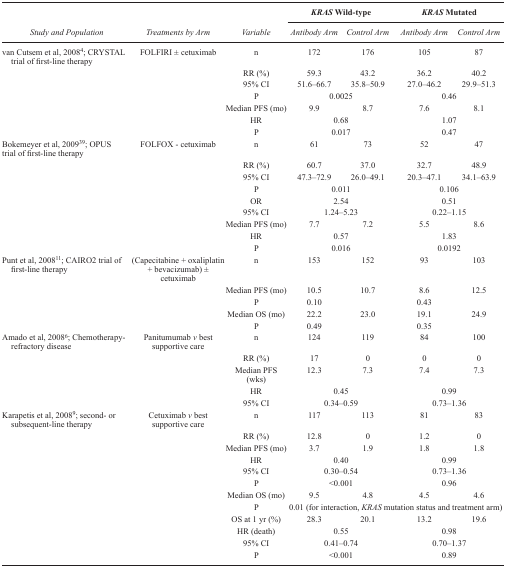
<table><thead><tr><td rowspan="2"></td><td rowspan="2"></td><td rowspan="2"></td><td colspan="2"><b><i>KRAS</i> Wild-type</b></td><td colspan="2"><b><i>KRAS</i> Mutated</b></td></tr><tr><td><b><i>Study and Population</i></b></td><td><b><i>Treatments by Arm</i></b></td><td><b><i>Variable</i></b></td><td><b><i>Antibody Arm</i></b></td><td><b><i>Control Arm</i></b></td><td><b><i>Antibody Arm</i></b></td><td><b><i>Control Arm</i></b></td></tr></thead><tbody><tr><td>van Cutsem et al, 20084; CRYSTAL trial of first-line therapy</td><td>FOLFIRI ± cetuximab</td><td>n</td><td>172</td><td>176</td><td>105</td><td>87</td></tr><tr><td></td><td></td><td>RR (%)</td><td>59.3</td><td>43.2</td><td>36.2</td><td>40.2</td></tr><tr><td></td><td></td><td>95% CI</td><td>51.6–66.7</td><td>35.8–50.9</td><td>27.0–46.2</td><td>29.9–51.3</td></tr><tr><td></td><td></td><td>P</td><td colspan="2">0.0025</td><td colspan="2">0.46</td></tr><tr><td></td><td></td><td>Median PFS (mo)</td><td>9.9</td><td>8.7</td><td>7.6</td><td>8.1</td></tr><tr><td></td><td></td><td>HR</td><td colspan="2">0.68</td><td colspan="2">1.07</td></tr><tr><td></td><td></td><td>P</td><td colspan="2">0.017</td><td colspan="2">0.47</td></tr><tr><td>Bokemeyer et al, 200939; OPUS trial of first-line therapy</td><td>FOLFOX - cetuximab</td><td>n</td><td>61</td><td>73</td><td>52</td><td>47</td></tr><tr><td></td><td></td><td>RR (%)</td><td>60.7</td><td>37.0</td><td>32.7</td><td>48.9</td></tr><tr><td></td><td></td><td>95% CI</td><td>47.3–72.9</td><td>26.0–49.1</td><td>20.3–47.1</td><td>34.1–63.9</td></tr><tr><td></td><td></td><td>P</td><td colspan="2">0.011</td><td colspan="2">0.106</td></tr><tr><td></td><td></td><td>OR</td><td colspan="2">2.54</td><td colspan="2">0.51</td></tr><tr><td></td><td></td><td>95% CI</td><td colspan="2">1.24–5.23</td><td colspan="2">0.22–1.15</td></tr><tr><td></td><td></td><td>Median PFS (mo)</td><td>7.7</td><td>7.2</td><td>5.5</td><td>8.6</td></tr><tr><td></td><td></td><td>HR</td><td colspan="2">0.57</td><td colspan="2">1.83</td></tr><tr><td></td><td></td><td>P</td><td colspan="2">0.016</td><td colspan="2">0.0192</td></tr><tr><td>Punt et al, 200811; CAIRO2 trial of first-line therapy</td><td>(Capecitabine + oxaliplatin + bevacizumab) ± cetuximab</td><td>n</td><td>153</td><td>152</td><td>93</td><td>103</td></tr><tr><td></td><td></td><td>Median PFS (mo)</td><td>10.5</td><td>10.7</td><td>8.6</td><td>12.5</td></tr><tr><td></td><td></td><td>P</td><td>0.10</td><td></td><td>0.43</td><td></td></tr><tr><td></td><td></td><td>Median OS (mo)</td><td>22.2</td><td>23.0</td><td>19.1</td><td>24.9</td></tr><tr><td></td><td></td><td>P</td><td>0.49</td><td></td><td>0.35</td><td></td></tr><tr><td>Amado et al, 20086; Chemotherapy-refractory disease</td><td>Panitumumab <i>v</i> best supportive care</td><td>n</td><td>124</td><td>119</td><td>84</td><td>100</td></tr><tr><td></td><td></td><td>RR (%)</td><td>17</td><td>0</td><td>0</td><td>0</td></tr><tr><td></td><td></td><td>Median PFS (wks)</td><td>12.3</td><td>7.3</td><td>7.4</td><td>7.3</td></tr><tr><td></td><td></td><td>HR</td><td colspan="2">0.45</td><td colspan="2">0.99</td></tr><tr><td></td><td></td><td>95% CI</td><td colspan="2">0.34–0.59</td><td colspan="2">0.73–1.36</td></tr><tr><td>Karapetis et al, 20089; second- or subsequent-line therapy</td><td>Cetuximab <i>v</i> best supportive care</td><td>n</td><td>117</td><td>113</td><td>81</td><td>83</td></tr><tr><td></td><td></td><td>RR (%)</td><td>12.8</td><td>0</td><td>1.2</td><td>0</td></tr><tr><td></td><td></td><td>Median PFS (mo)</td><td>3.7</td><td>1.9</td><td>1.8</td><td>1.8</td></tr><tr><td></td><td></td><td>HR</td><td colspan="2">0.40</td><td colspan="2">0.99</td></tr><tr><td></td><td></td><td>95% CI</td><td colspan="2">0.30–0.54</td><td colspan="2">0.73–1.36</td></tr><tr><td></td><td></td><td>P</td><td colspan="2">&lt;0.001</td><td colspan="2">0.96</td></tr><tr><td></td><td></td><td>Median OS (mo)</td><td>9.5</td><td>4.8</td><td>4.5</td><td>4.6</td></tr><tr><td></td><td></td><td>P</td><td colspan="4">0.01 (for interaction, <i>KRAS</i> mutation status and treatment arm)</td></tr><tr><td></td><td></td><td>OS at 1 yr (%)</td><td>28.3</td><td>20.1</td><td>13.2</td><td>19.6</td></tr><tr><td></td><td></td><td>HR (death)</td><td colspan="2">0.55</td><td colspan="2">0.98</td></tr><tr><td></td><td></td><td>95% CI</td><td colspan="2">0.41–0.74</td><td colspan="2">0.70–1.37</td></tr><tr><td></td><td></td><td>P</td><td colspan="2">&lt;0.001</td><td colspan="2">0.89</td></tr></tbody></table>